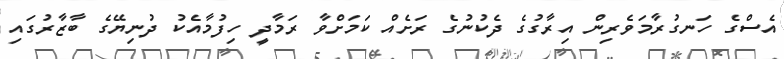
އެސްގެ ހަނގުރާމަވެރިން އިރާގުގެ ދެކުނުގެ ރަށެއް ކަމަށްވާ ރަމާދީ ހިފުމާއެކު ދުނިޔޭގެ ބާޒާރުގައި